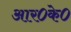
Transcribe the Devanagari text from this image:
आर०के०